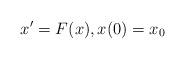
LaTeX: \begin{align*} x' =F(x), x(0)=x_0\end{align*}